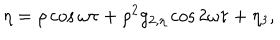
LaTeX: \eta = \rho \cos \omega \tau + \rho ^ { 2 } g _ { 2 , \eta } \cos 2 \omega \tau + \eta _ { 3 } ,